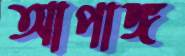
আপাঙ্গ